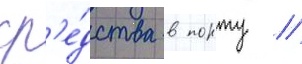
ср'е́дства в порту //